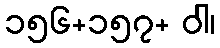
၁၅၆+၁၅၇+ ဝါ၊